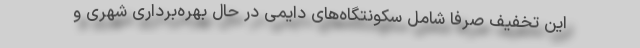
این تخفیف صرفاٌ شامل سکونتگاه‌های دایمی در حال بهره‌برداری شهری و